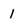
Character: 1